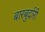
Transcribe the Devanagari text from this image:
बारबुर्दारी